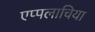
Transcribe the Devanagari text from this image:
एप्पलाचिया